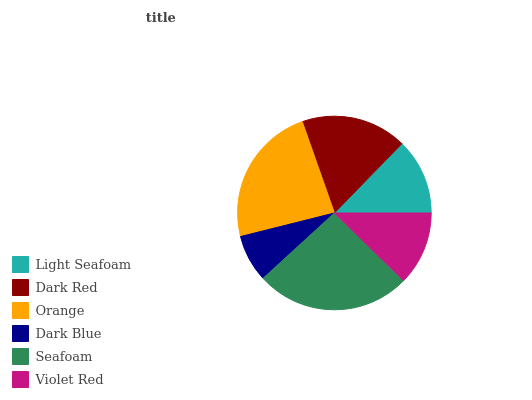
| Light Seafoam | Dark Red | Orange | Dark Blue | Seafoam | Violet Red |
 | --- | --- | --- | --- | --- | --- |
 | 12.7% | 17.6% | 23.5% | 7.89% | 25.9% | 12.3% |